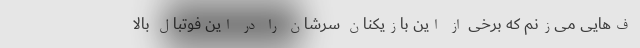
ف‌هایی می‌زنم که برخی از این بازیکنان سرشان را در این فوتبال بالا